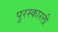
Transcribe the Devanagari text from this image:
पुरस्कारली